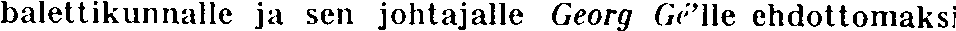
balettikunnalle ja sen johtajalle Georg Gé'lle ehdottomaksi